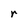
Character: r